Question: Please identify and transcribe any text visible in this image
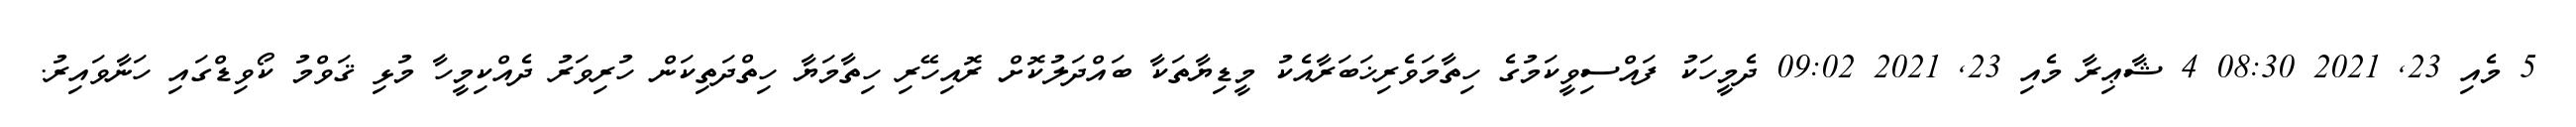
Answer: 5 މެއި 23, 2021 08:30 4 ޝާޢިރާ މެއި 23, 2021 09:02 ދެމީހަކު ފައްސިވީކަމުގެ ހިތާމަވެރިޚަބަރާއެކު މީޑިޔާތަކާ ބައްދަލުކޮށް ރޮއިހޭރި ހިތާމަޔާ ހިތްދަތިކަން ހުރިވަރު ދެއްކިމީހާ މުޅި ޤަވްމު ކޯވިޑްގައި ހަނާވައިރު.